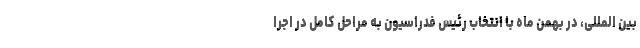
بین المللی، در بهمن ماه با انتخاب رئیس فدراسیون به مراحل کامل در اجرا